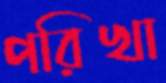
পরিখা